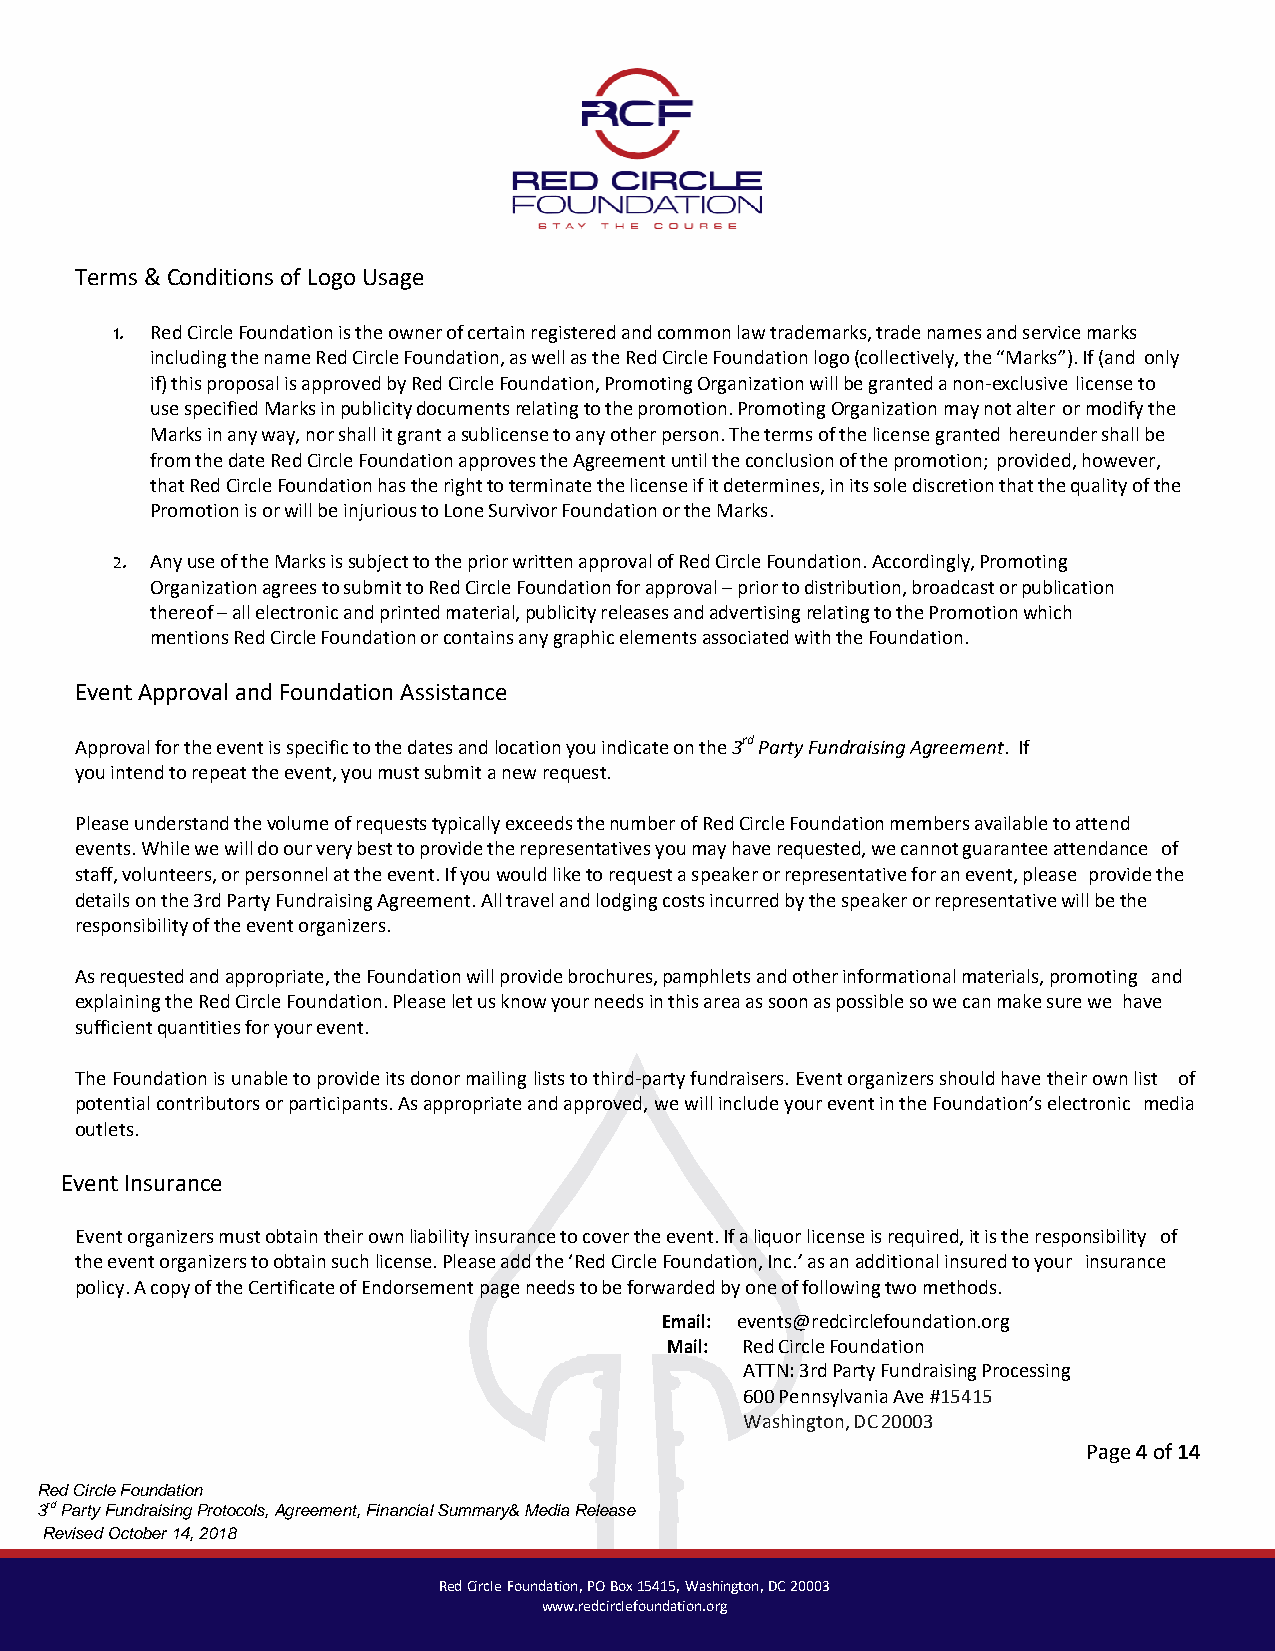
Terms & Conditions of Logo Usage
 1. Red Circle Foundation is the owner of certain registered and common law trademarks, trade names and service marks
 including the name Red Circle Foundation, as well as the Red Circle Foundation logo (collectively, the “Marks”). If (and only
 if) this proposal is approved by Red Circle Foundation, Promoting Organization will be granted a non-exclusive license to
 use specified Marks in publicity documents relating to the promotion. Promoting Organization may not alter or modify the
 Marks in any way, nor shall it grant a sublicense to any other person. The terms of the license granted hereunder shall be
 from the date Red Circle Foundation approves the Agreement until the conclusion of the promotion; provided, however,
 that Red Circle Foundation has the right to terminate the license if it determines, in its sole discretion that the quality of the
 Promotion is or will be injurious to Lone Survivor Foundation or the Marks.
 2. Any use of the Marks is subject to the prior written approval of Red Circle Foundation. Accordingly, Promoting
 Organization agrees to submit to Red Circle Foundation for approval – prior to distribution, broadcast or publication
 thereof – all electronic and printed material, publicity releases and advertising relating to the Promotion which
 mentions Red Circle Foundation or contains any graphic elements associated with the Foundation.
 Event Approval and Foundation Assistance
 Approval for the event is specific to the dates and location you indicate on the 3rd Party Fundraising Agreement. If
 you intend to repeat the event, you must submit a new request.
 Please understand the volume of requests typically exceeds the number of Red Circle Foundation members available to attend
 events. While we will do our very best to provide the representatives you may have requested, we cannot guarantee attendance of
 staff, volunteers, or personnel at the event. If you would like to request a speaker or representative for an event, please provide the
 details on the 3rd Party Fundraising Agreement. All travel and lodging costs incurred by the speaker or representative will be the
 responsibility of the event organizers.
 As requested and appropriate, the Foundation will provide brochures, pamphlets and other informational materials, promoting and
 explaining the Red Circle Foundation. Please let us know your needs in this area as soon as possible so we can make sure we have
 sufficient quantities for your event.
 The Foundation is unable to provide its donor mailing lists to third-party fundraisers. Event organizers should have their own list of
 potential contributors or participants. As appropriate and approved, we will include your event in the Foundation’s electronic media
 outlets.
 Event Insurance
 Event organizers must obtain their own liability insurance to cover the event. If a liquor license is required, it is the responsibility of
 the event organizers to obtain such license. Please add the ‘Red Circle Foundation, Inc.’ as an additional insured to your insurance
 policy. A copy of the Certificate of Endorsement page needs to be forwarded by one of following two methods.
 Email: events@redcirclefoundation.org
 Mail: Red Circle Foundation
 ATTN: 3rd Party Fundraising Processing
 600 Pennsylvania Ave #15415
 Washington, DC 20003
 Page 4 of 14
 Red Circle Foundation
 3rd Party Fundraising Protocols, Agreement, Financial Summary& Media Release
 Revised October 14, 2018
 Red Circle Foundation, PO Box 15415, Washington, DC 20003
 www.redcirclefoundation.org